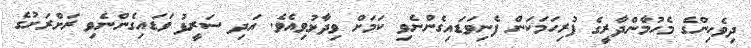
ދިވެހިންގެ މެހުމާންދާރީގެ ފުރިހަމަކަން ފެނިވަޑައިގެންނެވި ކަމަށް ވިދާޅުވިއެވެ. އަދި ސަރީފު ވަޑައިގެންނެވި ރަށްރަށުގެ